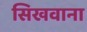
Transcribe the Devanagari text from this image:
सिखवाना